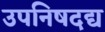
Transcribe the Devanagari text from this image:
उपनिषदद्य